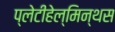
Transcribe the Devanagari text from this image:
प्लेटीहेल्मिन्थस